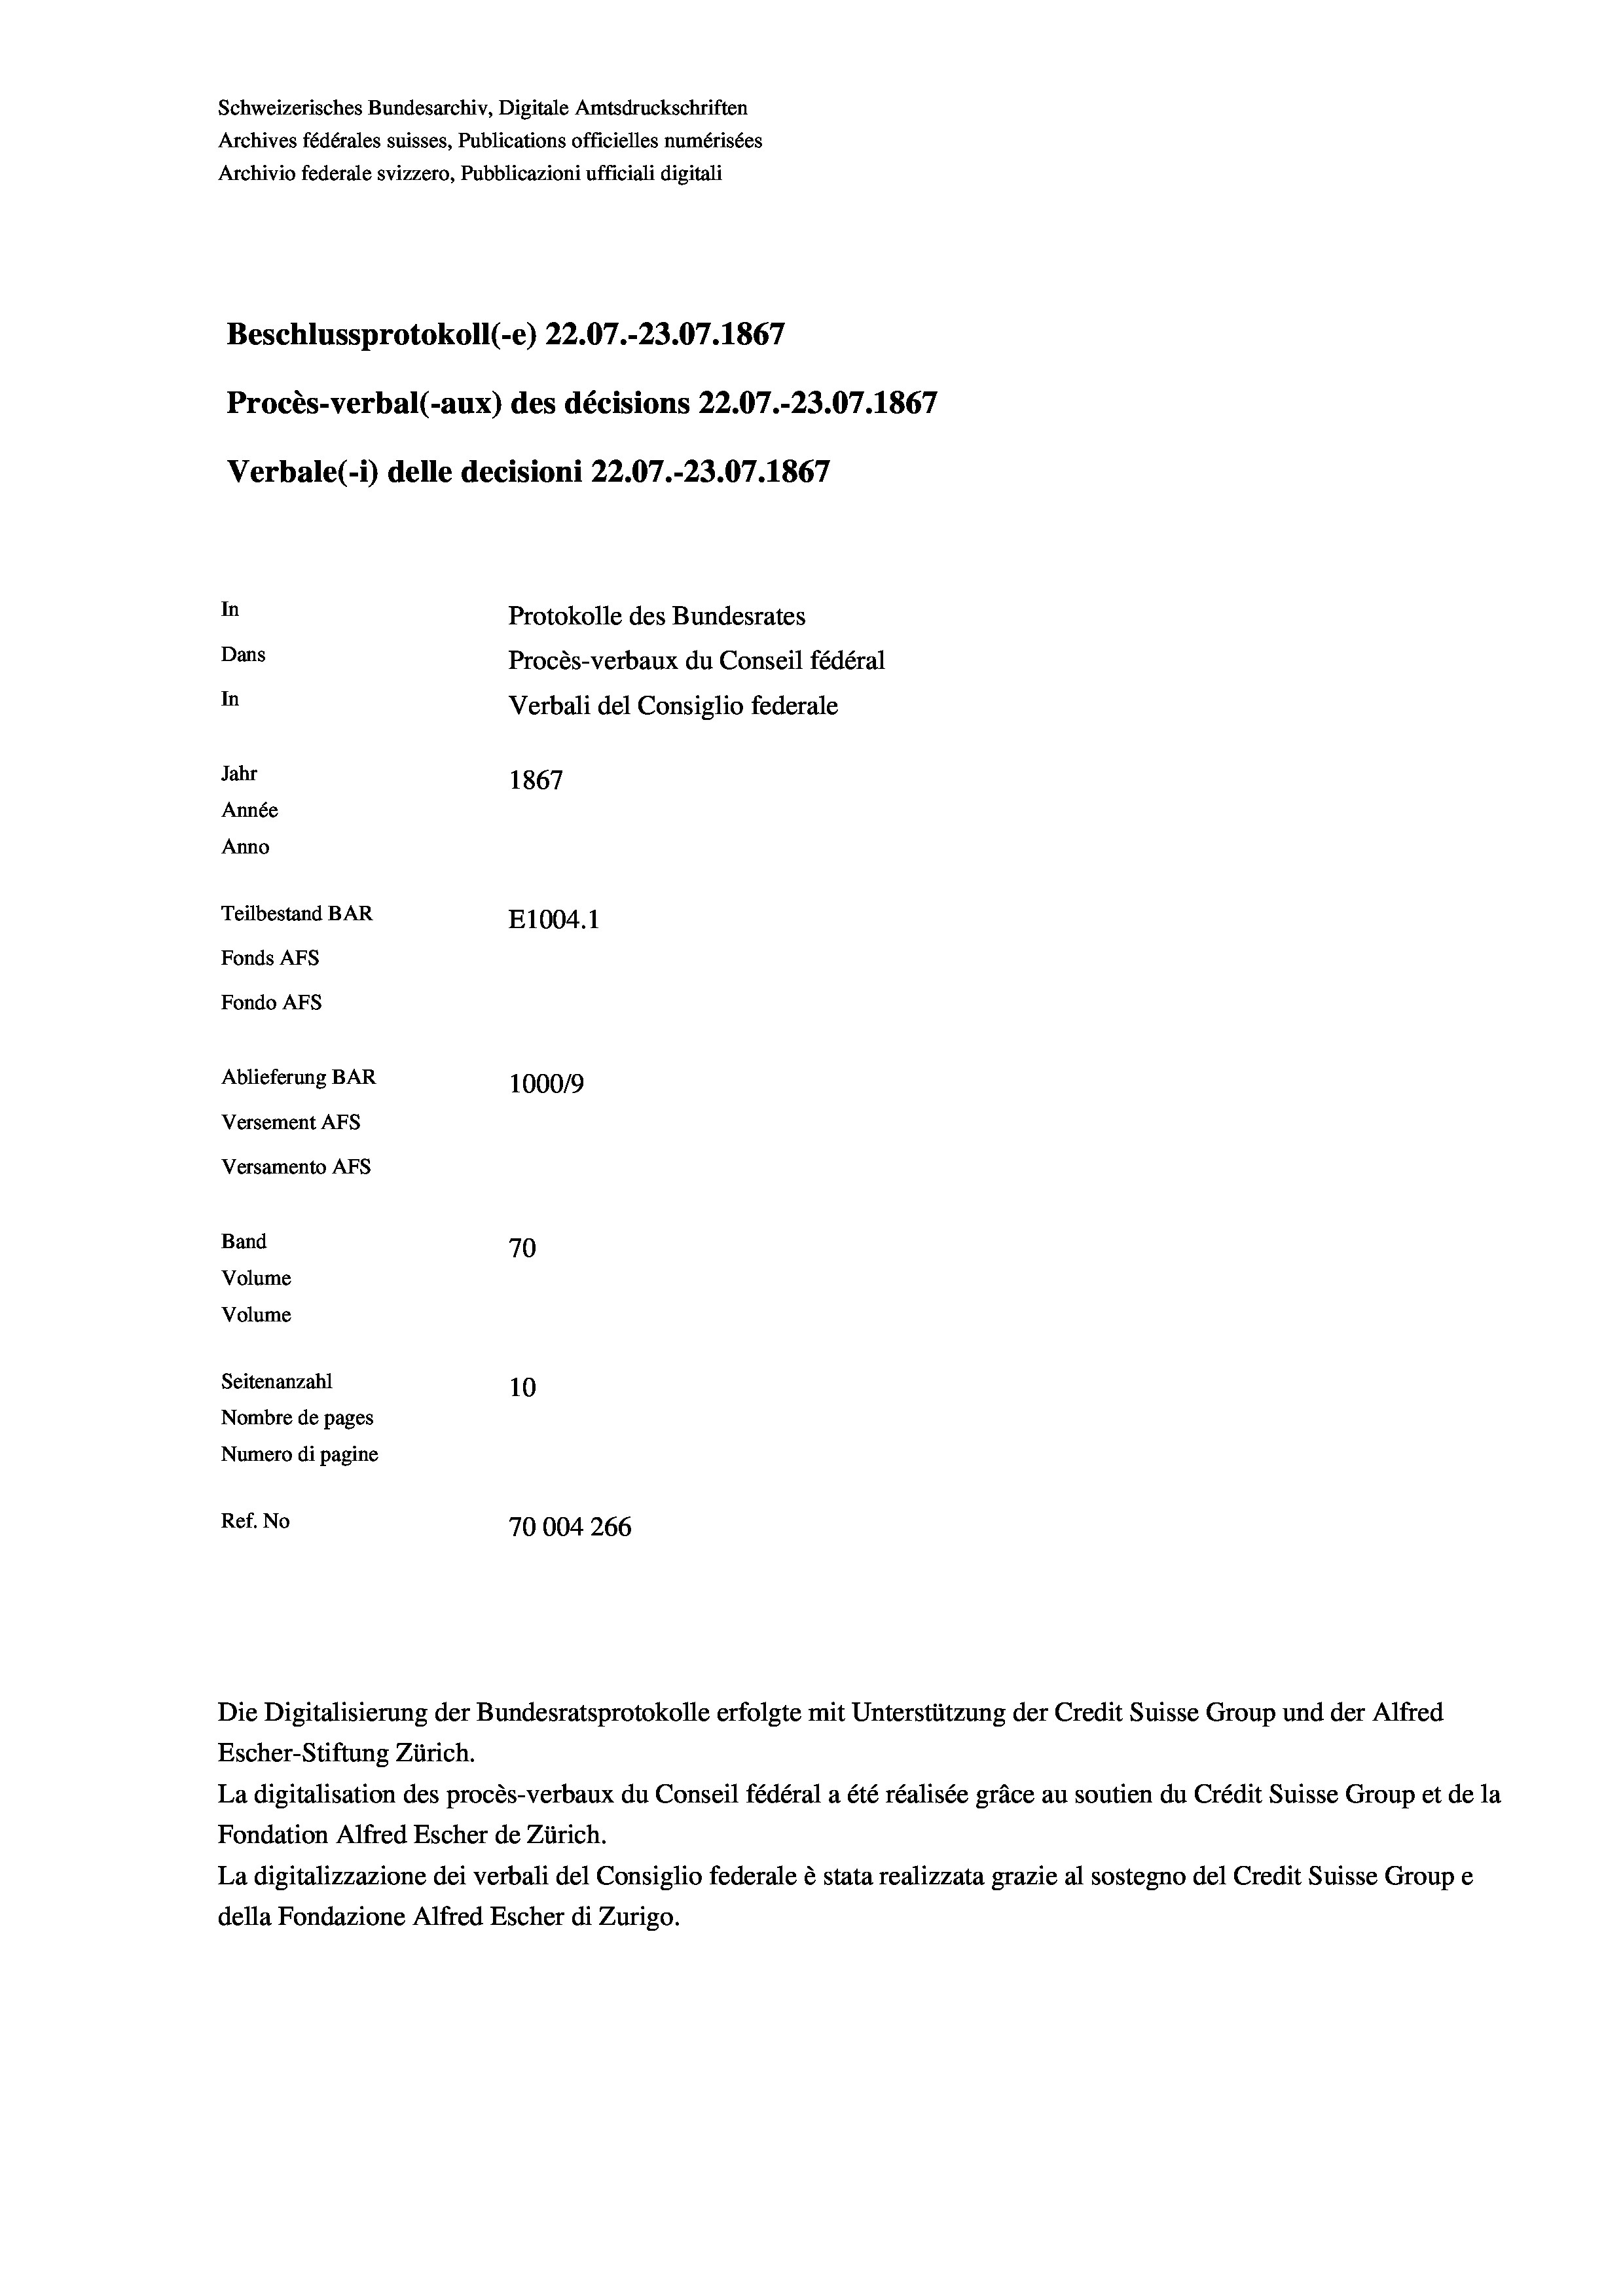
Schweizerisches Bundesarchiv, Digitale Amtsdruckschriften
Archives fédérales suisses, Publications officielles numérisées
Archivio federale svizzero, Pubblicazioni ufficiali digitali
Beschlussprotokoll (-e) 22.07.-23.07. 1867
Procès-verbal (-aux) des décisions 22.07.-23.07. 1867
Verbale(- 1) delle decisioni 22.07.-23.07. 1867
In
Protokolle des Bundesrates
Dans
Procès-verbaux du Conseil fédéral
In
Verbali del Consiglio federale
Jahr
1867
Année
Anno
Teilbestand BAR
E1004.1
Fonds AFs
Fondo AFS
Ablieferung BAR
100019
Versement AFs
Versamento AFs
Band
70
Volume
Volume
Seitenanzahl
10

Nombre de pages
Numero di pagine
Ref. No
70004 266

Escher-Stiftung Zürich.
La digitalisation des procès-verbaux du Conseil fédéral a été réalisée gräce au soutien du Crédit Suisse Group et de la
Fondation Alfred Escher de Zürich.
La digitalizzazione dei verbali del Consiglio federale è stata realizzata grazie al sostegno del Credit Suisse Groupe
della Fondazione Alfred Escher di Zurigo.

Die Digitalisierung der Bundesratsprotokolle erfolgte mit Unterstützung der Credit Suisse Group und der Alfred